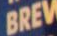
BREV